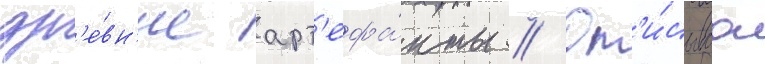
др'е́вн'ие арт'ефа́кты // Оп'и́сываа